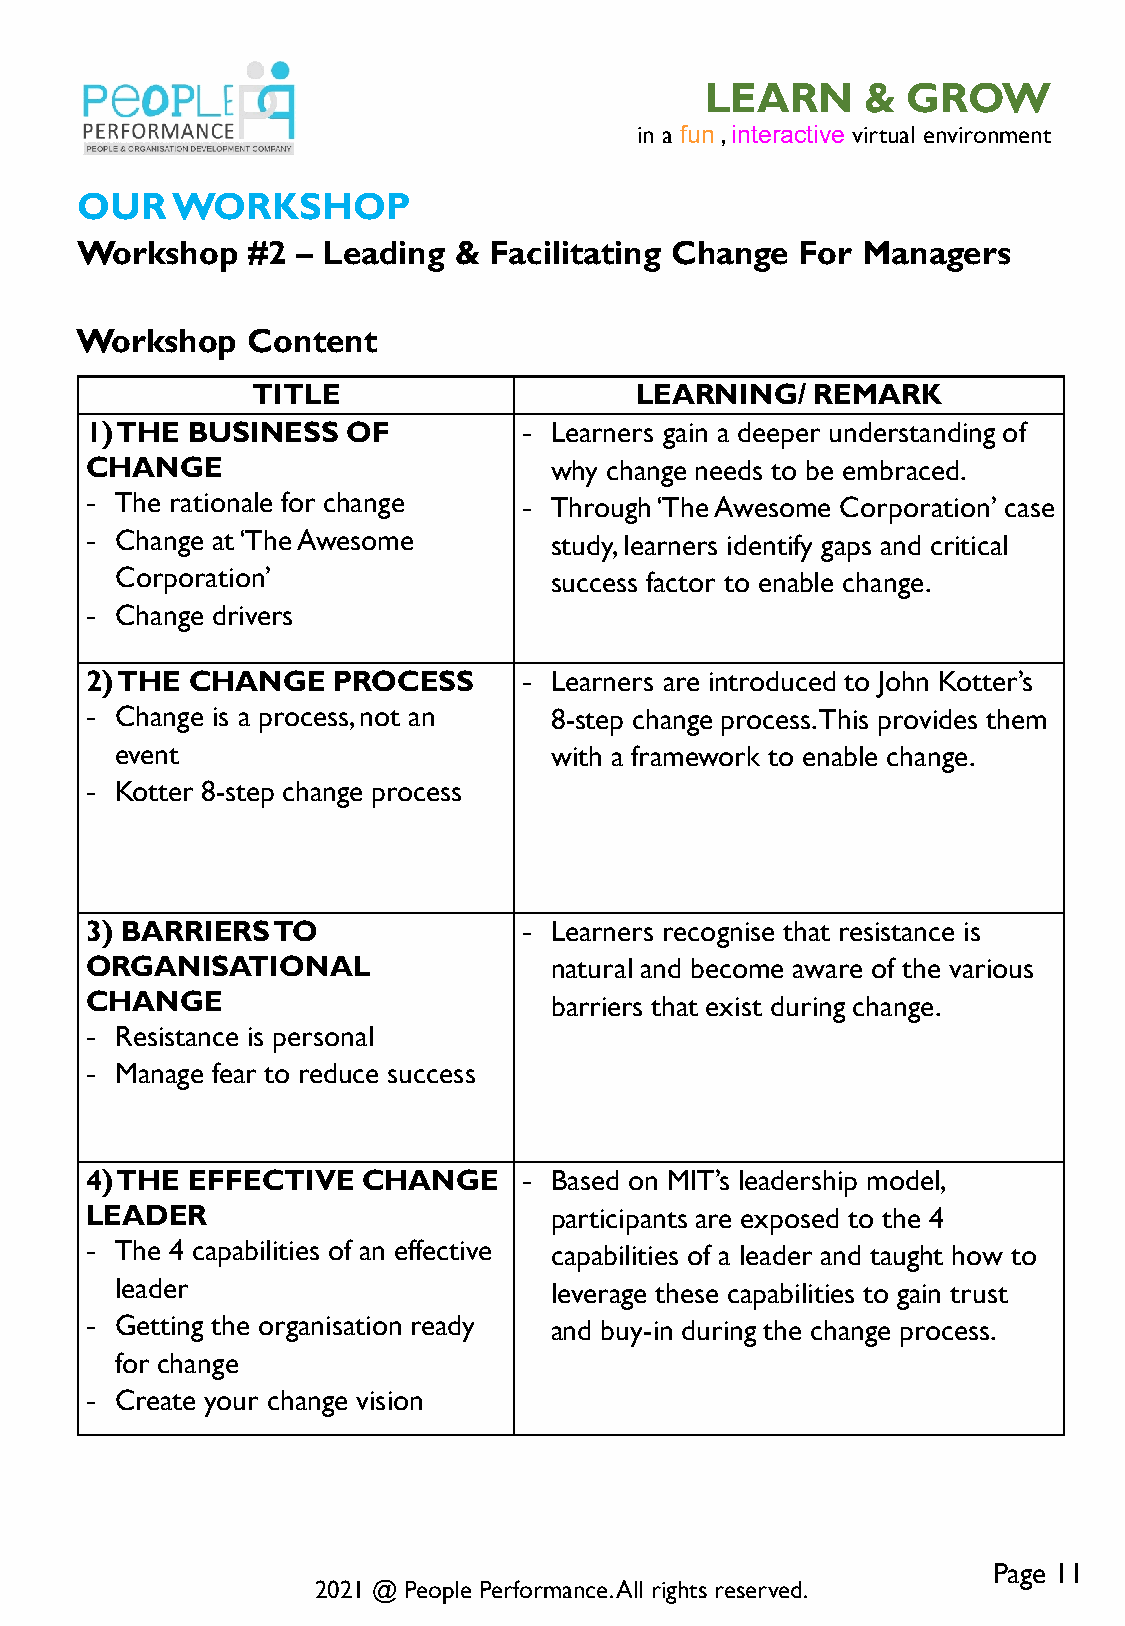
LEARN     &  GROW
 in a fun , interactive virtual environment
 OUR   WORKSHOP
 Workshop   #2  – Leading & Facilitating Change  For Managers
 Workshop   Content
 TITLE                    LEARNING/   REMARK
 1) THE BUSINESS  OF          - Learners gain a deeper understanding of
 CHANGE                        why change needs to be embraced.
 - The rationale for change   - Through ‘The Awesome Corporation’ case
 - Change at ‘The Awesome      study, learners identify gaps and critical
 Corporation’                success factor to enable change.
 - Change drivers
 2) THE CHANGE   PROCESS      - Learners are introduced to John Kotter’s
 - Change is a process, not an 8-step change process. This provides them
 event                       with a framework to enable change.
 - Kotter 8-step change process
 3) BARRIERS TO               - Learners recognise that resistance is
 ORGANISATIONAL                natural and become aware of the various
 CHANGE                        barriers that exist during change.
 - Resistance is personal
 - Manage fear to reduce success
 4) THE EFFECTIVE  CHANGE     - Based on MIT’s leadership model,
 LEADER                        participants are exposed to the 4
 - The 4 capabilities of an effective capabilities of a leader and taught how to
 leader                      leverage these capabilities to gain trust
 - Getting the organisation ready and buy-in during the change process.
 for change
 - Create your change vision
 Page 11
 2021 @ People Performance. All rights reserved.